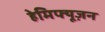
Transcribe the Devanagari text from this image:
हेमिफ्यूज़न